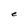
Character: e